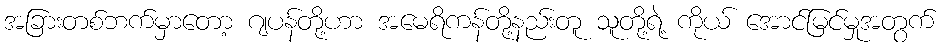
အခြားတစ်ဘက်မှာတော့ ဂျပန်တို့ဟာ အမေရိကန်တို့နည်းတူ သူတို့ရဲ့ ကိုယ် အောင်မြင်မှုအတွက်